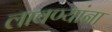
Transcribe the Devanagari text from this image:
लावण्यांना